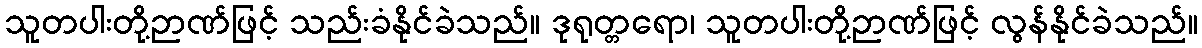
သူတပါးတို့ဉာဏ်ဖြင့် သည်းခံနိုင်ခဲသည်။ ဒုရုတ္တရော၊ သူတပါးတို့ဉာဏ်ဖြင့် လွန်နိုင်ခဲသည်။